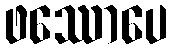
ဖဿောပေ